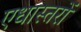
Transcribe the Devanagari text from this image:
एधास्तरों